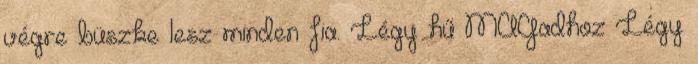
végre büszke lesz minden fia. Légy hű MAGadhoz Légy